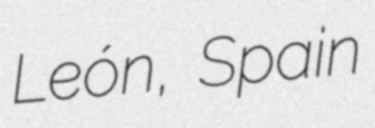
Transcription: León, Spain